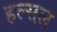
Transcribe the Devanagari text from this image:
हल्सल